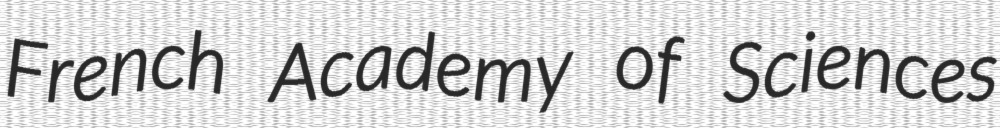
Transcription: French Academy of Sciences